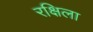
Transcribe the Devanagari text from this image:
रक्षिला